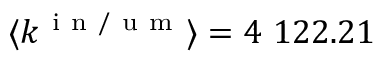
\langle k ^ { \mathrm { ~ i ~ n ~ / ~ u ~ m ~ } } \rangle = 4 ~ 1 2 2 . 2 1